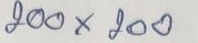
200 x 200